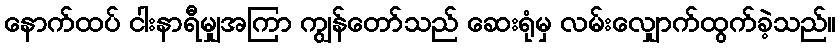
နောက်ထပ် ငါးနာရီမျှအကြာ ကျွန်တော်သည် ဆေးရုံမှ လမ်းလျှောက်ထွက်ခဲ့သည်။